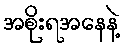
အစိုးရအနေနဲ့